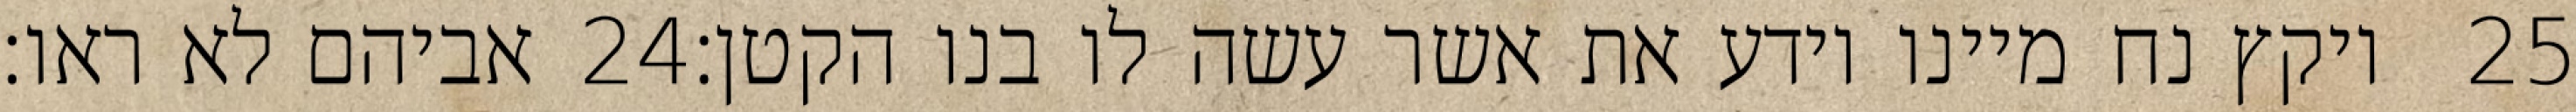
אביהם לא ראו׃ ‎24‏ ויקץ נח מיינו וידע את אשר עשה לו בנו הקטן׃ ‎25‏